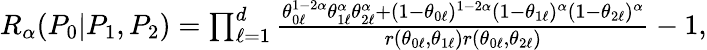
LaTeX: \begin{array}{r}{{R_{\alpha}}(P_{0}|P_{1},P_{2})=\prod_{\ell=1}^{d}\frac{\theta_{0\ell}^{1-2\alpha}\theta_{1\ell}^{\alpha}\theta_{2\ell}^{\alpha}+(1-\theta_{0\ell})^{1-2\alpha}(1-\theta_{1\ell})^{\alpha}(1-\theta_{2\ell})^{\alpha}}{r(\theta_{0\ell},\theta_{1\ell})r(\theta_{0\ell},\theta_{2\ell})}-1,}\end{array}